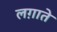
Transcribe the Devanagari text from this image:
लग़ाते